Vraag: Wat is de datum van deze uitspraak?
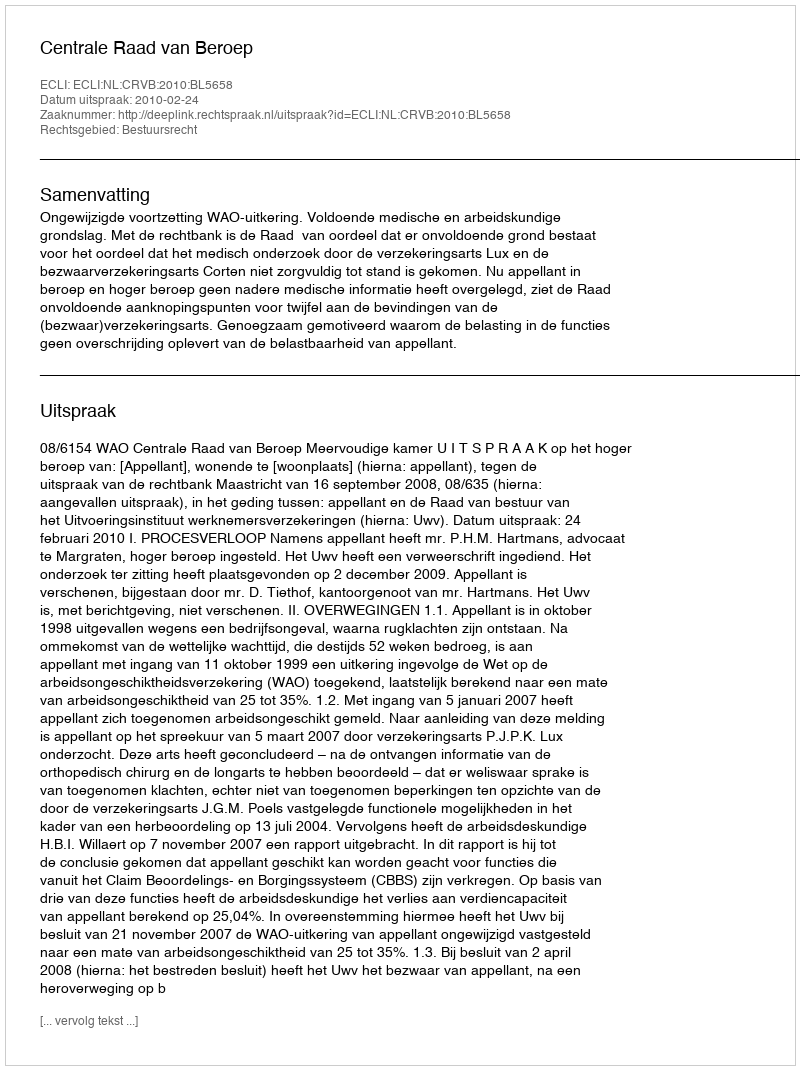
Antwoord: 2010-02-24